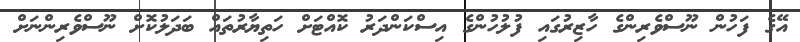
އޭގެ ފަހުން ނޫސްވެރިންގެ ހާޒިރުގައި ފުލުހުންގެ އިސްކަންދަރު ކޮއްޓަށް ހަތިޔާރުތައް ބަދަލުކޮށް ނޫސްވެރިންނަށް